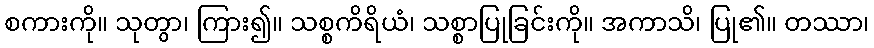
စကားကို။ သုတွာ၊ ကြား၍။ သစ္စကိရိယံ၊ သစ္စာပြုခြင်းကို။ အကာသိ၊ ပြု၏။ တဿာ၊